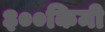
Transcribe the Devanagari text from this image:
३००किमी